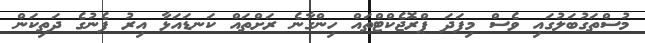
މުސްތަގުބަލުގައި ވެސް މިފަދަ ޕްރޮޖެކްޓްތައް ހިންގާނެ ރަށްތައް ކަނޑައަޅާ އިރު ފެނުގެ ދަތިކަން